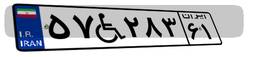
۱۶W۵۵۸۹۶